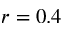
r = 0 . 4